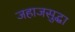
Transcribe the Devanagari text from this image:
जहाजसुद्धा